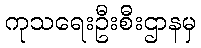
ကုသရေးဦးစီးဌာနမှ